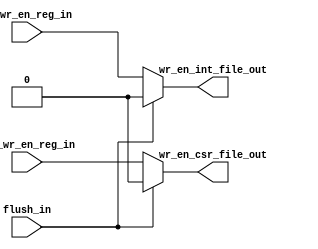
`timescale 1ns / 1ps
//////////////////////////////////////////////////////////////////////////////////
// Company: Maven Silicon - VIT vellore
// 
// Design Name: Write Enable Generator
// Module Name: msrv2_wr_en_generator
// Project Name: RISC -V 32I
// Target Devices: 
// Tool Versions: Achyut's Vivado
// Description: 
// RTL Design code`
// Dependencies: 
// 
// Revision:
// Revision 0.01 - File Created
// Additional Comments:
// 
//////////////////////////////////////////////////////////////////////////////////


module msrv2_wr_en_generator(flush_in, rf_wr_en_reg_in, csr_wr_en_reg_in, wr_en_int_file_out, wr_en_csr_file_out);
input flush_in;
input rf_wr_en_reg_in;
input csr_wr_en_reg_in;

output wr_en_int_file_out;
output wr_en_csr_file_out;


assign wr_en_int_file_out = (flush_in) ? 1'b0:rf_wr_en_reg_in;
assign  wr_en_csr_file_out = (flush_in) ? 1'b0:csr_wr_en_reg_in;
endmodule